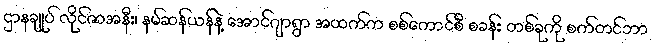
ဌာနချုပ် လိုင်ဇာအနီး၊ နမ်ဆန်ယန်နဲ့ အောင်ဂျာရွာ အထက်က စစ်ကောင်စီ စခန်း တစ်ခုကို စက်တင်ဘာ